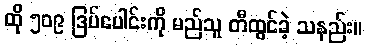
ထို ၅၀၉ ဒြပ်ပေါင်းကို မည်သူ တီထွင်ခဲ့ သနည်း။